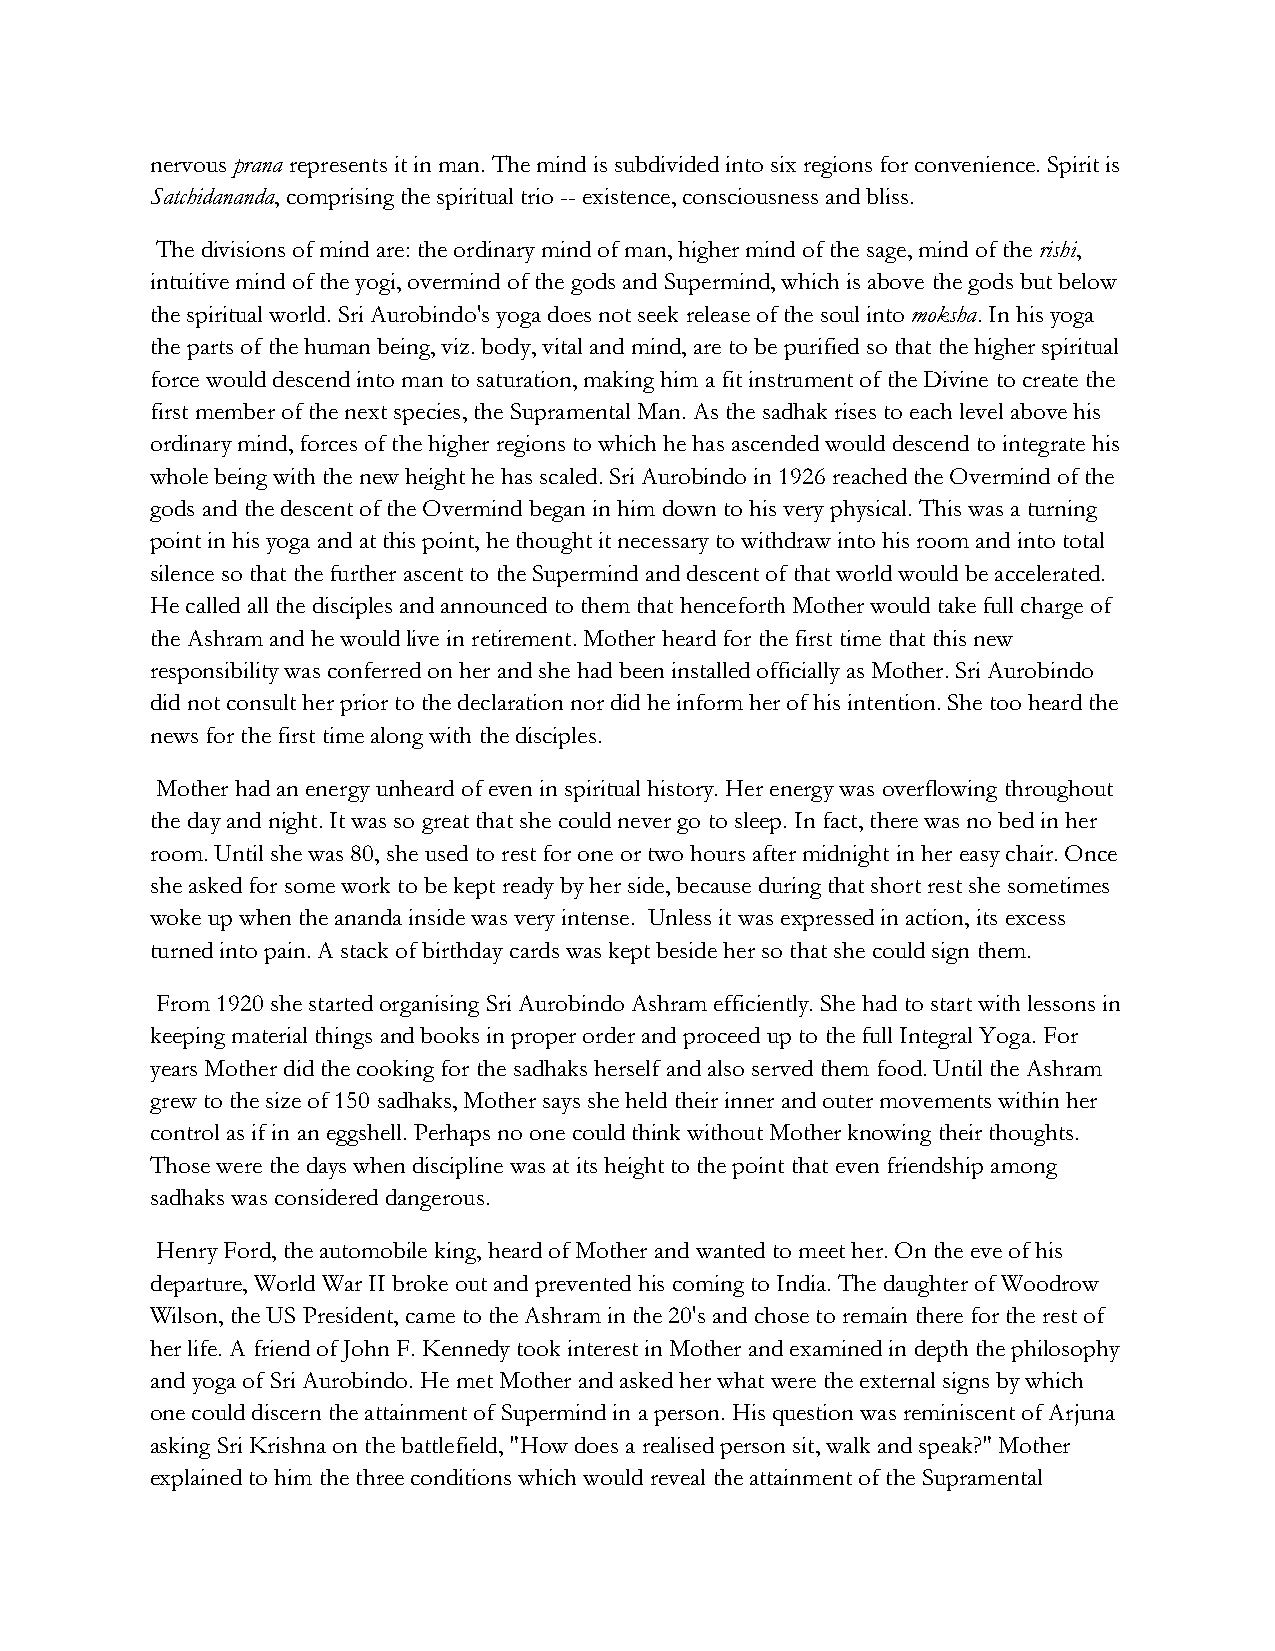
nervous prana represents it in man. The mind is subdivided into six regions for convenience. Spirit is
 Satchidananda, comprising the spiritual trio -- existence, consciousness and bliss.
 The divisions of mind are: the ordinary mind of man, higher mind of the sage, mind of the rishi,
 intuitive mind of the yogi, overmind of the gods and Supermind, which is above the gods but below
 the spiritual world. Sri Aurobindo's yoga does not seek release of the soul into moksha. In his yoga
 the parts of the human being, viz. body, vital and mind, are to be purified so that the higher spiritual
 force would descend into man to saturation, making him a fit instrument of the Divine to create the
 first member of the next species, the Supramental Man. As the sadhak rises to each level above his
 ordinary mind, forces of the higher regions to which he has ascended would descend to integrate his
 whole being with the new height he has scaled. Sri Aurobindo in 1926 reached the Overmind of the
 gods and the descent of the Overmind began in him down to his very physical. This was a turning
 point in his yoga and at this point, he thought it necessary to withdraw into his room and into total
 silence so that the further ascent to the Supermind and descent of that world would be accelerated.
 He called all the disciples and announced to them that henceforth Mother would take full charge of
 the Ashram and he would live in retirement. Mother heard for the first time that this new
 responsibility was conferred on her and she had been installed officially as Mother. Sri Aurobindo
 did not consult her prior to the declaration nor did he inform her of his intention. She too heard the
 news for the first time along with the disciples.
 Mother had an energy unheard of even in spiritual history. Her energy was overflowing throughout
 the day and night. It was so great that she could never go to sleep. In fact, there was no bed in her
 room. Until she was 80, she used to rest for one or two hours after midnight in her easy chair. Once
 she asked for some work to be kept ready by her side, because during that short rest she sometimes
 woke up when the ananda inside was very intense. Unless it was expressed in action, its excess
 turned into pain. A stack of birthday cards was kept beside her so that she could sign them.
 From 1920 she started organising Sri Aurobindo Ashram efficiently. She had to start with lessons in
 keeping material things and books in proper order and proceed up to the full Integral Yoga. For
 years Mother did the cooking for the sadhaks herself and also served them food. Until the Ashram
 grew to the size of 150 sadhaks, Mother says she held their inner and outer movements within her
 control as if in an eggshell. Perhaps no one could think without Mother knowing their thoughts.
 Those were the days when discipline was at its height to the point that even friendship among
 sadhaks was considered dangerous.
 Henry Ford, the automobile king, heard of Mother and wanted to meet her. On the eve of his
 departure, World War II broke out and prevented his coming to India. The daughter of Woodrow
 Wilson, the US President, came to the Ashram in the 20's and chose to remain there for the rest of
 her life. A friend of John F. Kennedy took interest in Mother and examined in depth the philosophy
 and yoga of Sri Aurobindo. He met Mother and asked her what were the external signs by which
 one could discern the attainment of Supermind in a person. His question was reminiscent of Arjuna
 asking Sri Krishna on the battlefield, "How does a realised person sit, walk and speak?" Mother
 explained to him the three conditions which would reveal the attainment of the Supramental